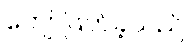
ကျော်ဖြတ်ခဲ့သည်